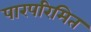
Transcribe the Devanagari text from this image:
पारपरिमित